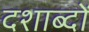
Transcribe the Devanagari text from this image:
दशाब्दों